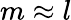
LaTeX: m\approx l